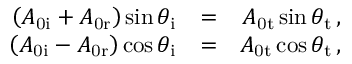
\begin{array} { r l r } { \left( A _ { \mathrm { 0 i } } + A _ { \mathrm { 0 r } } \right) \sin \theta _ { \mathrm { i } } } & { = } & { A _ { \mathrm { 0 t } } \sin \theta _ { \mathrm { t } } \, , } \\ { \left( A _ { \mathrm { 0 i } } - A _ { \mathrm { 0 r } } \right) \cos \theta _ { \mathrm { i } } } & { = } & { A _ { \mathrm { 0 t } } \cos \theta _ { \mathrm { t } } \, , } \end{array}